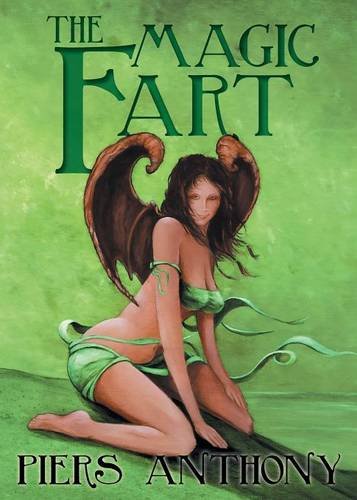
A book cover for The Magic Fart; Piers Anthony; Romance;